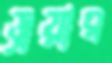
ড্রয়ার